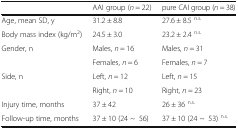
<table><thead><tr><td></td><td><b>AAI group (<i>n</i> = 22)</b></td><td><b>pure CAI group (<i>n</i> = 38)</b></td></tr></thead><tbody><tr><td>Age, mean SD, y</td><td>31.2 ± 8.8</td><td>27.6 ± 8.5 <sup>n.s.</sup></td></tr><tr><td>Body mass index (kg/m<sup>2</sup>)</td><td>24.5 ± 3.0</td><td>23.2 ± 2.4 <sup>n.s.</sup></td></tr><tr><td rowspan="2">Gender, n</td><td>Males, <i>n</i> = 16</td><td>Males, <i>n</i> = 31</td></tr><tr><td>Females, <i>n</i> = 6</td><td>Females, <i>n</i> = 7</td></tr><tr><td rowspan="2">Side, n</td><td>Left, <i>n</i> = 12</td><td>Left, <i>n</i> = 15</td></tr><tr><td>Right, <i>n</i> = 10</td><td>Right, <i>n</i> = 23</td></tr><tr><td>Injury time, months</td><td>37 ± 42</td><td>26 ± 36 <sup>n.s.</sup></td></tr><tr><td>Follow-up time, months</td><td>37 ± 10 (24 ~56)</td><td>37 ± 10 (24 ~53) <sup>n.s.</sup></td></tr></tbody></table>